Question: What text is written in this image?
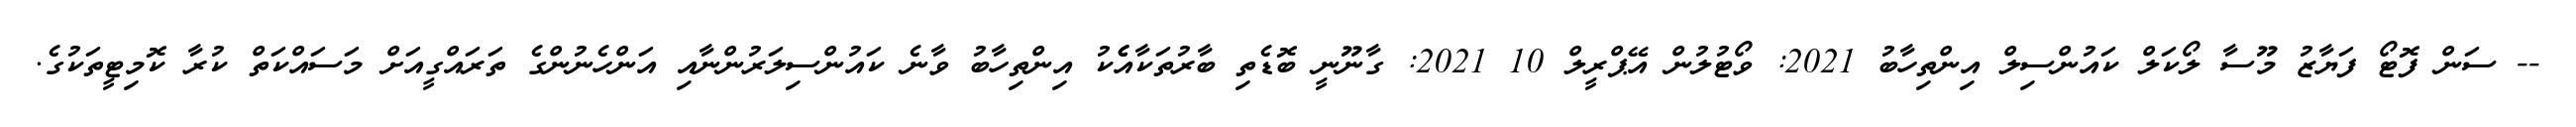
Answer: -- ސަން ފޮޓޯ ފަޔާޒު މޫސާ ލޯކަލް ކައުންސިލް އިންތިހާބު 2021: ވޯޓުލުން އޭޕްރީލް 10 2021: ގާނޫނީ ބޮޑެތި ބާރުތަކާއެެކު އިންތިހާބު ވާނެ ކައުންސިލަރުންނާއި އަންހެނުންގެ ތަރައްގީއަށް މަސައްކަތް ކުރާ ކޮމިޓީތަކުގެ.